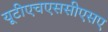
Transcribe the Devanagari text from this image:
यूटीएचएससीएसए